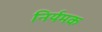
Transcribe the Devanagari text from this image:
निर्यमक